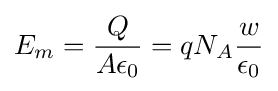
E_{m}={Q \over A\epsilon _{0}}=qN_{A}{w \over \epsilon _{0}}